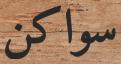
سواكن